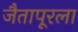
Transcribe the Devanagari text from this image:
जैतापूरला